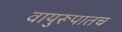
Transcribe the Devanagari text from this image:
वायुरूपातच